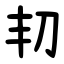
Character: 㓞